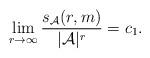
LaTeX: \begin{align*}\lim_{r\to\infty}\frac{s_{\mathcal{A}}(r,m)}{|\mathcal{A}|^r}=c_1.\end{align*}